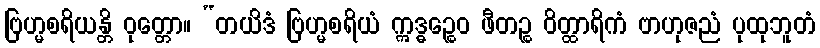
ဗြဟ္မစရိယန္တိ ဝုတ္တော။ “တယိဒံ ဗြဟ္မစရိယံ ဣဒ္ဓဉ္စေဝ ဖီတဉ္စ ဝိတ္ထာရိကံ ဗာဟုဇညံ ပုထုဘူတံ